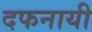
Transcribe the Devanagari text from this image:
दफनायी